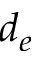
d _ { e }